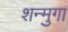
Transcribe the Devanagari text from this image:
शन्मुगा